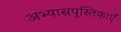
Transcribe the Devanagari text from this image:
अभ्यासपुस्तिकाएँ